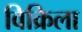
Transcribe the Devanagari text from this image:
विक्रिला